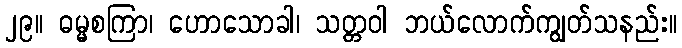
၂၉။ ဓမ္မစကြာ၊ ဟောသောခါ၊ သတ္တဝါ ဘယ်လောက်ကျွတ်သနည်း။